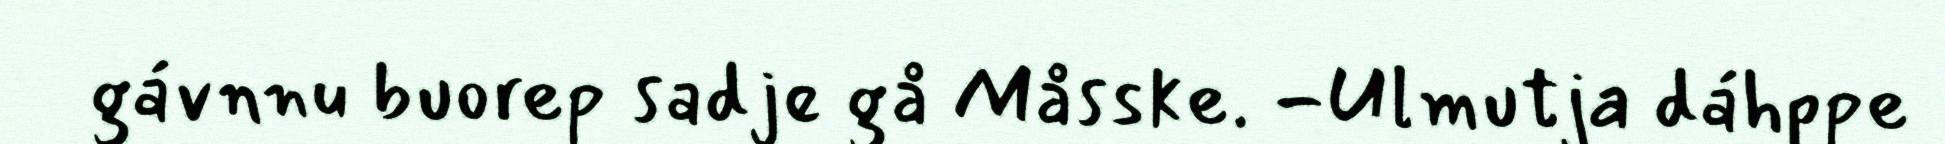
gávnnu buorep sadje gå Måsske. -Ulmutja dáhppe